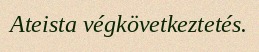
Ateista végkövetkeztetés.